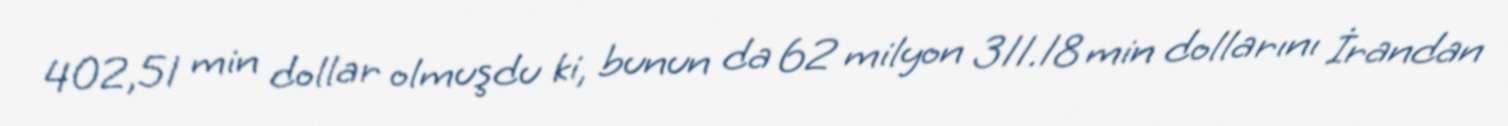
402,51 min dollar olmuşdu ki, bunun da 62 milyon 311.18 min dollarını İrandan